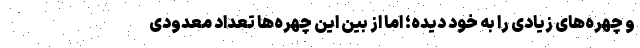
و چهره‌های زیادی را به خود دیده؛ اما از بین این چهره‌ها تعداد معدودی